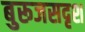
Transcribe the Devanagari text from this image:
बुरूजसदृश